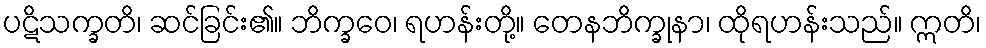
ပဋိသက္ခတိ၊ ဆင်ခြင်း၏။ ဘိက္ခဝေ၊ ရဟန်းတို့။ တေနဘိက္ခုနာ၊ ထိုရဟန်းသည်။ ဣတိ၊